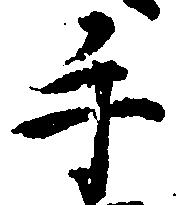
手